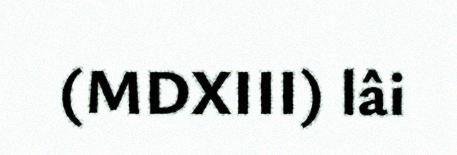
(MDXIII) lâi